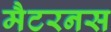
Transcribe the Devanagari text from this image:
मैटरनस